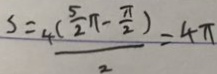
S = \frac { 4 ( \frac { 5 } { 2 } \pi - \frac { \pi } { 2 } ) } { 2 } = 4 \pi